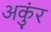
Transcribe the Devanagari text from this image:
अकुंर